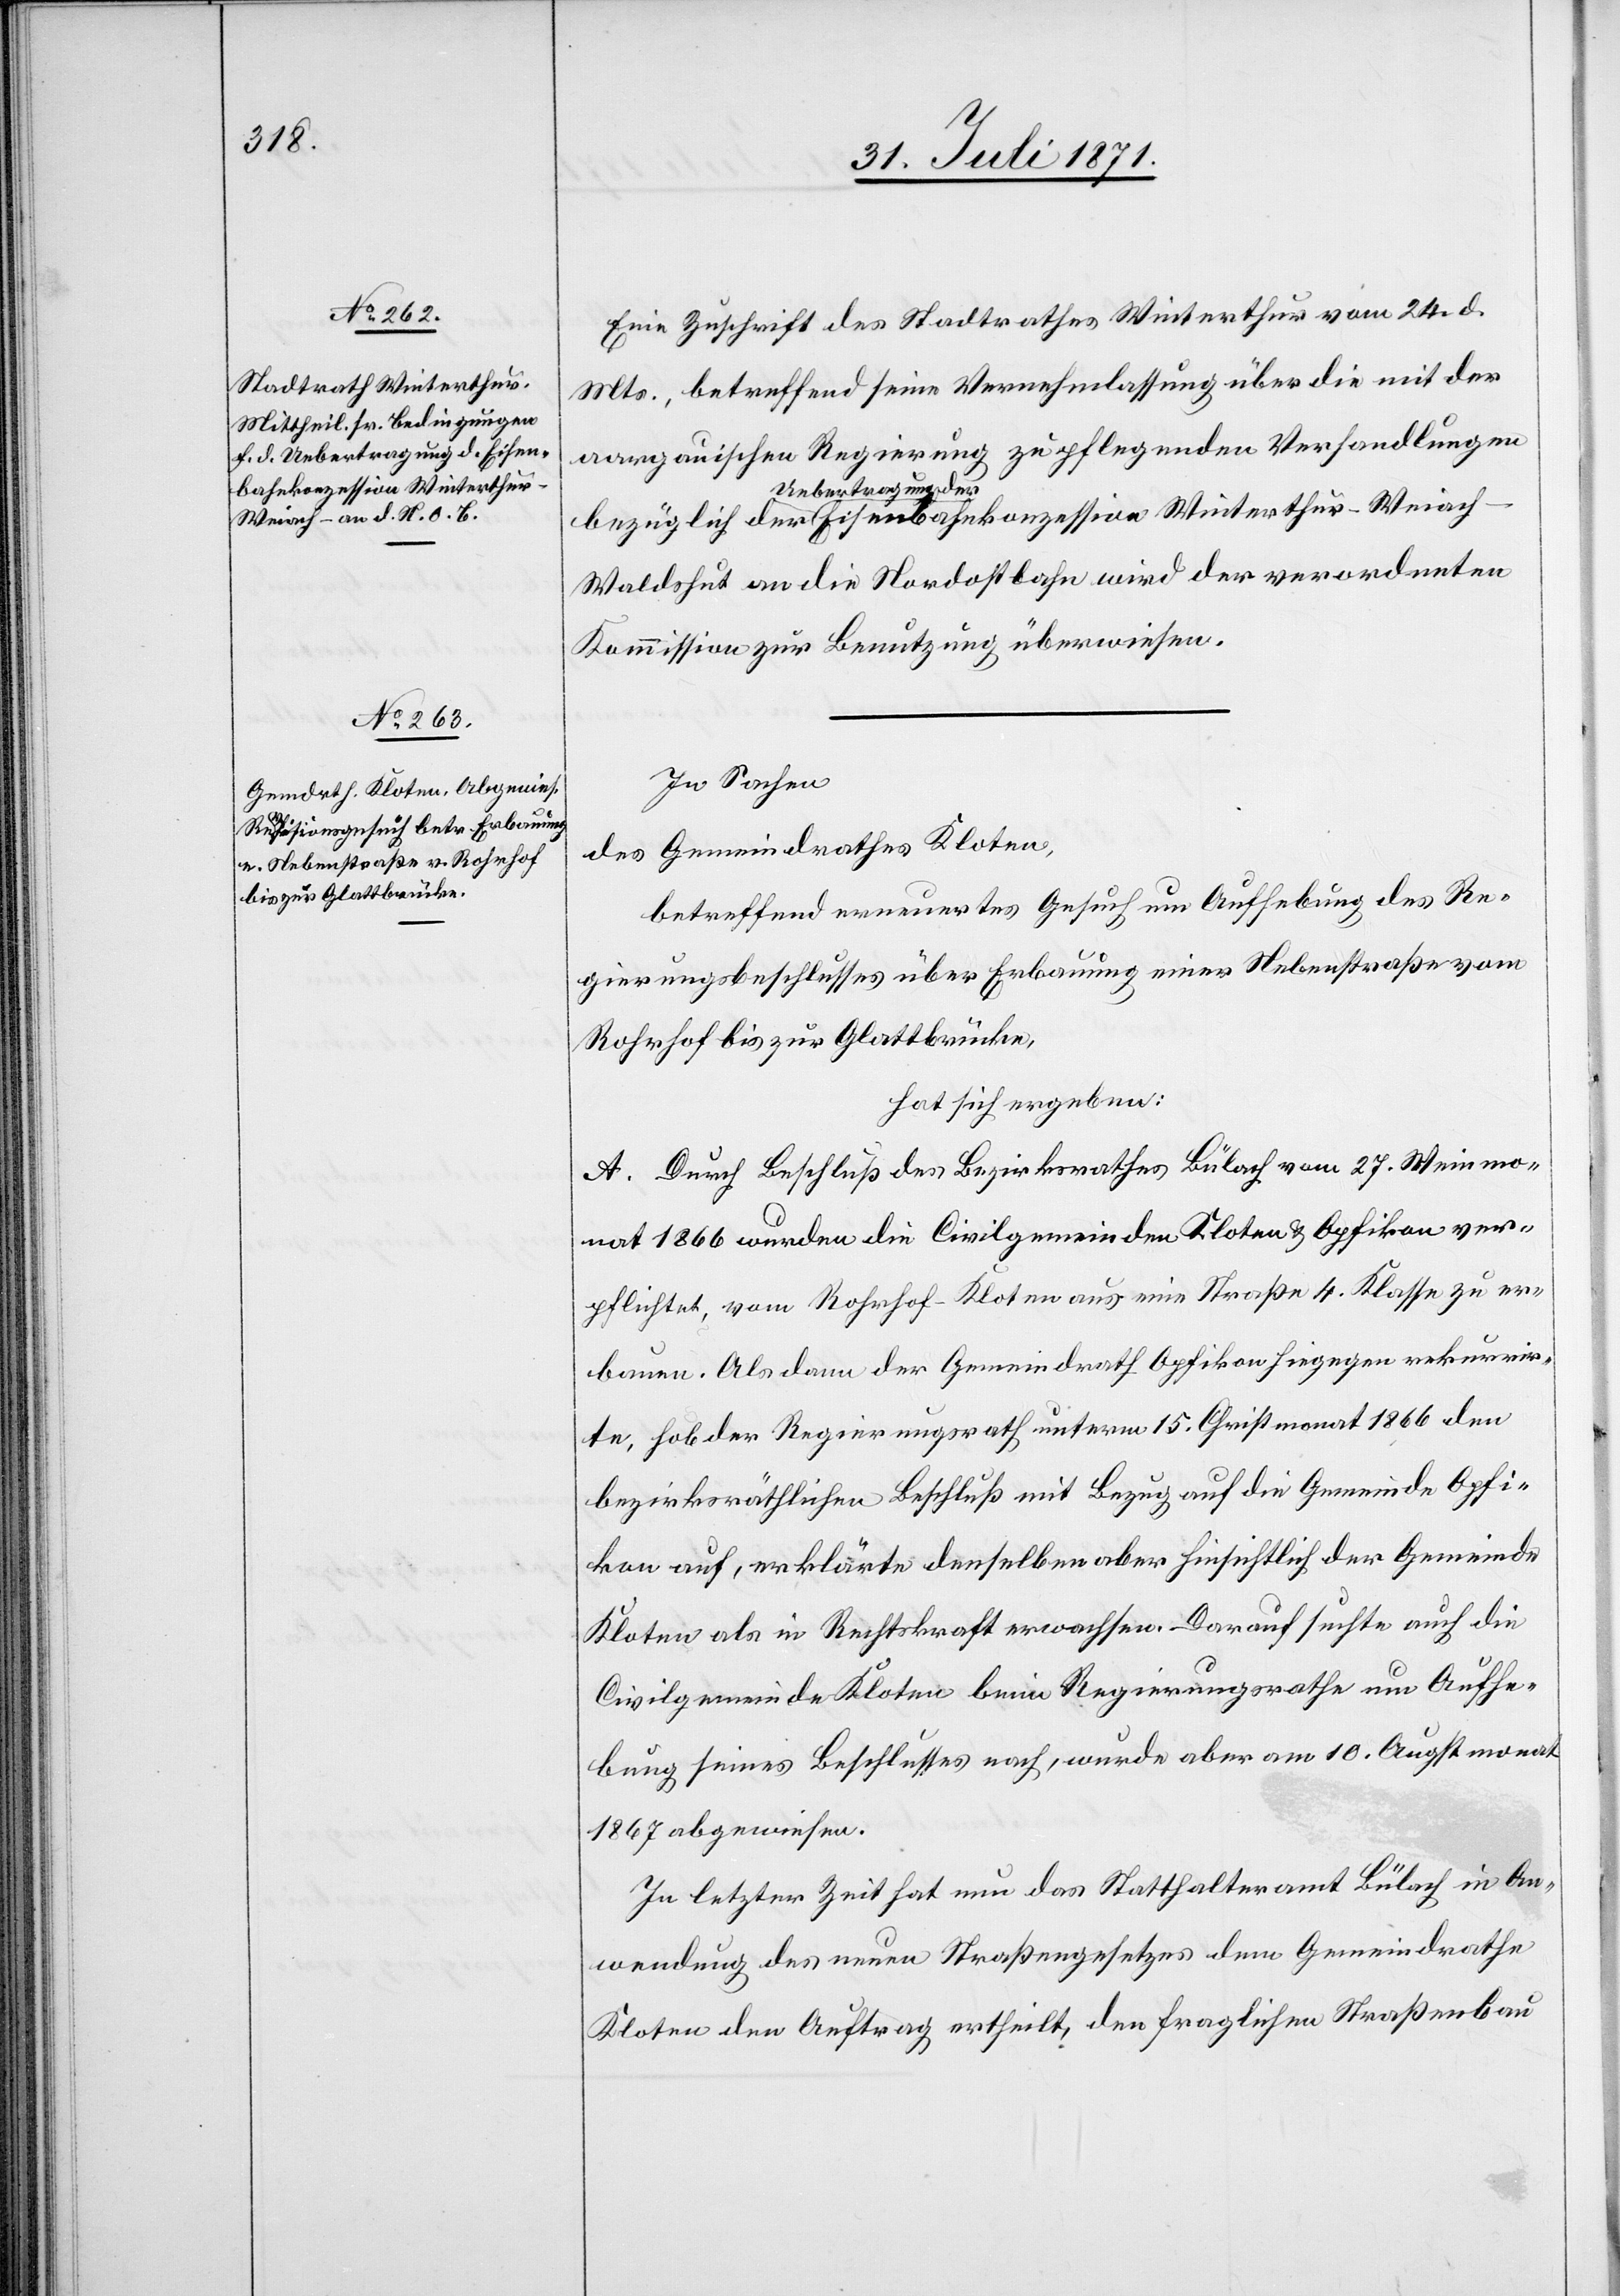
Eisenbahnkonzession Winterthur-Weia¬

Eine Zuschrift des Stadtrathes Winterthur vom 24. d.
Mts., betreffend seine Vernehmlassung über die mit der
aargauischen Regierung zu pflegenden Verhandlungen
Uebertragung der
ch-Waldshut an die Nordostbahn wird der verordneten
Kommission zur Benutzung überwiesen.
In Sachen
des Gemeindrathes Kloten,
betreffend erneuertes Gesuch um Aufhebung des Re¬
gierungsbeschlusses über Erbauung einer Nebenstraße vom
Rohrhof bis zur Glattbrücke,
hat sich ergeben:
A. Durch Beschluß des Bezirksrathes Bülach vom 27. Weinmo¬
nat 1866 wurden die Civilgemeinden Kloten u. Opfikon ver¬
pflichtet, vom Rohrhof-Kloten aus eine Straße 4. Klasse zu er¬
bauen. Als dann der Gemeindrath Opfikon hiegegen rekurrir¬
te, hob der Regierungsrath unterm 15. Christmonat 1866 den
bezirksräthlichen Beschluß mit Bezug auf die Gemeinde Opfi¬
kon auf, erklärte denselben aber hinsichtlich der Gemeinde
Kloten als in Rechtskraft erwachsen. Darauf suchte auch die
Civilgemeinde Kloten beim Regierungsrathe um Aufhe¬
bung seines Beschlusses nach, wurde aber am 10. Augstmonat
1867 abgewiesen.
In letzter Zeit hat nun das Statthalteramt Bülach in An¬
wendung des neuen Straßengesetzes dem Gemeindrathe
Kloten den Auftrag ertheilt, den fraglichen Straßenbau